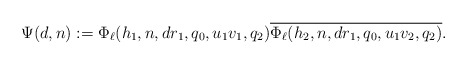
\begin{align*} \Psi(d,n):= \Phi_{\ell}(h_1, n,dr_1,q_0,u_1v_1,q_2) \overline{ \Phi_{\ell}(h_2,n, dr_1, q_0,u_1v_2,q_2) }.\end{align*}